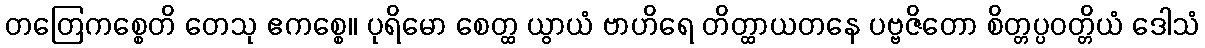
တတြေကစ္စေတိ တေသု ဧကစ္စေ။ ပုရိမော စေတ္ထ ယွာယံ ဗာဟိရေ တိတ္ထာယတနေ ပဗ္ဗဇိတော စိတ္တပ္ပဝတ္တိယံ ဒေါသံ